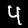
Digit: 4